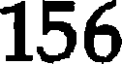
156